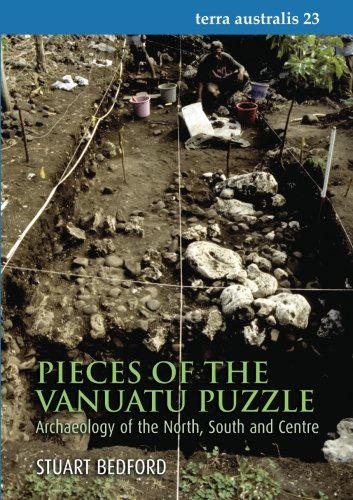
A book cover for Pieces of the Vanuatu Puzzle: Archaeology of the North, South, and Centre ( (Volume 23); Stuart Bedford; History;